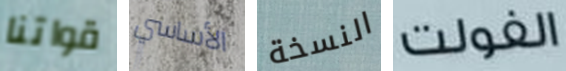
قواتنا الأساسي النسخة الفولت